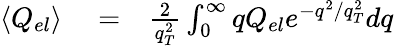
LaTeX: \begin{array}{rlr}{\langle Q_{el}\rangle}&{{}=}&{\frac{2}{q_{T}^{2}}\int_{0}^{\infty}qQ_{el}e^{-q^{2}/q_{T}^{2}}dq}\end{array}